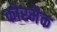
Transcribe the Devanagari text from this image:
कोरमैक